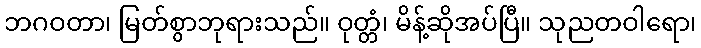
ဘဂဝတာ၊ မြတ်စွာဘုရားသည်။ ဝုတ္တံ၊ မိန့်ဆိုအပ်ပြီ။ သုညတဝါရော၊